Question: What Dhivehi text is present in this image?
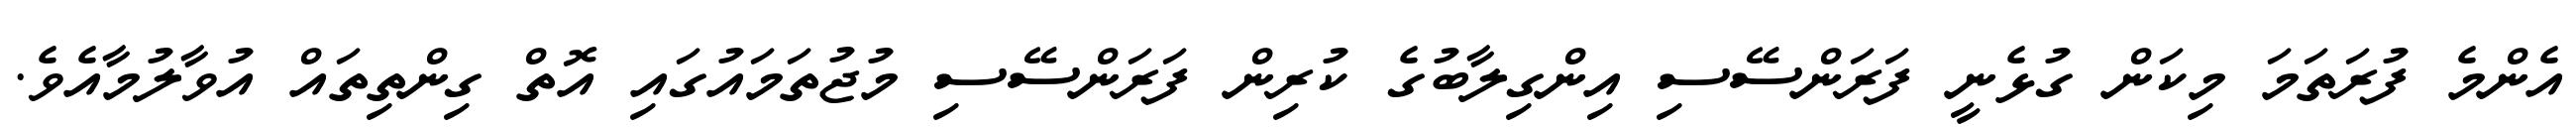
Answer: އެންމެ ފުރަތަމަ މިކަން ގުޅެނީ ފަރަންސޭސި އިންގިލާބުގެ ކުރިން ފަރަންސޭސި މުޖުތަމައުގައި އޮތް ގިންތިތައް އުވާލުމާއެވެ.